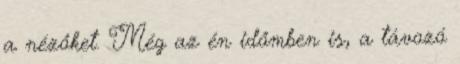
a nézőket. Még az én időmben is, a távozó